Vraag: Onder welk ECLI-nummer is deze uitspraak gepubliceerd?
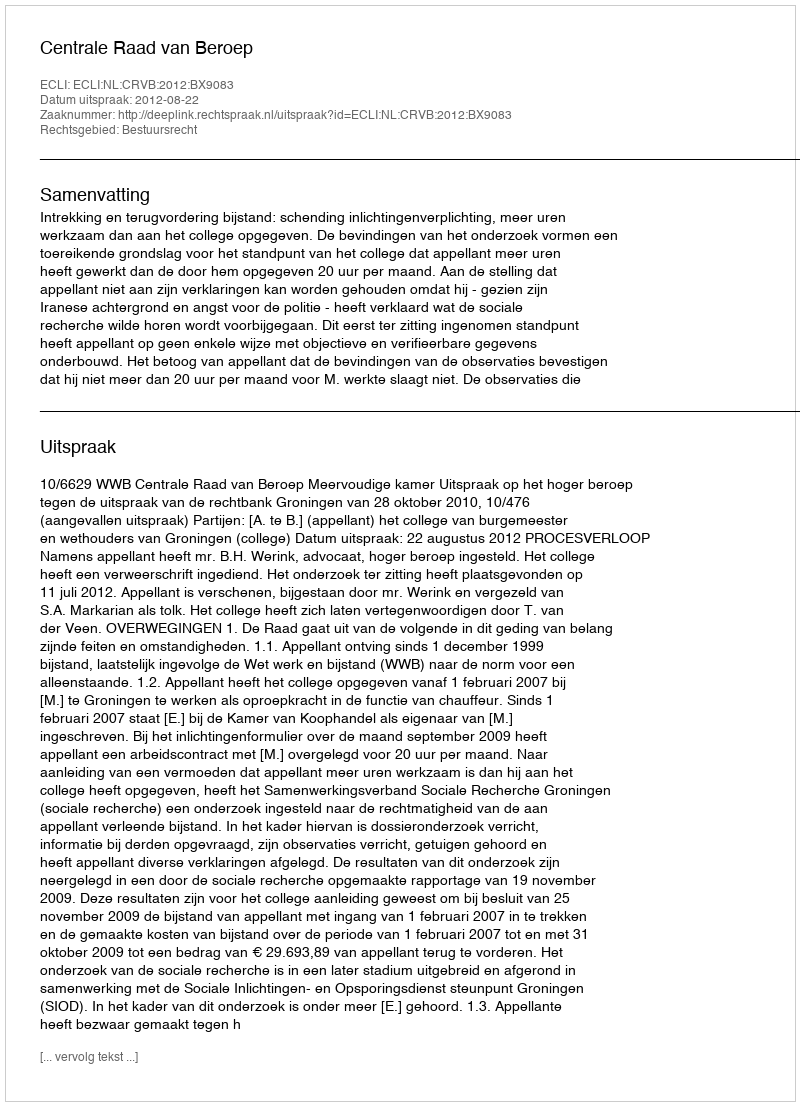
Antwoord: ECLI:NL:CRVB:2012:BX9083